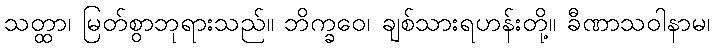
သတ္ထာ၊ မြတ်စွာဘုရားသည်။ ဘိက္ခဝေ၊ ချစ်သားရဟန်းတို့။ ခီဏာသဝါနာမ၊